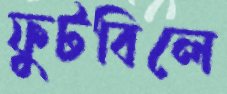
ফুটবিলে